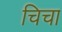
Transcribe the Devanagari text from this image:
चिचा